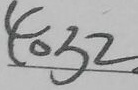
4 0 3 2